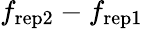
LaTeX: f_{\mathrm{rep2}}-f_{\mathrm{rep1}}